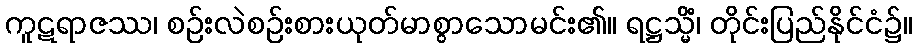
ကူဋရာဇဿ၊ စဉ်းလဲစဉ်းစားယုတ်မာစွာသောမင်း၏။ ရဋ္ဌသ္မိံ၊ တိုင်းပြည်နိုင်ငံ၌။